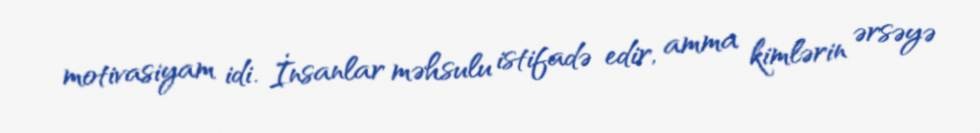
motivasiyam idi. İnsanlar məhsulu istifadə edir, amma kimlərin ərsəyə